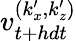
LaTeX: v_{t+hdt}^{(k_{x}^{\prime},k_{z}^{\prime})}